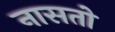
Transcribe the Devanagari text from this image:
नासतो